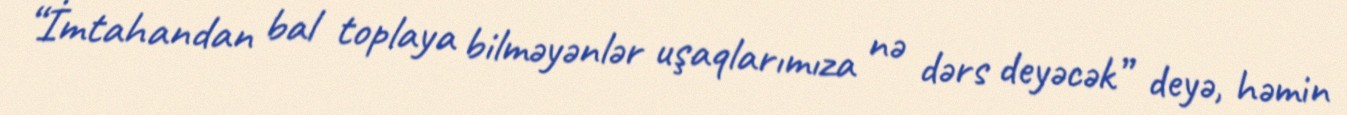
“İmtahandan bal toplaya bilməyənlər uşaqlarımıza nə dərs deyəcək” deyə, həmin